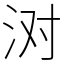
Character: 㳔